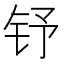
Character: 𮷽